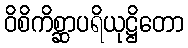
ဝိစိကိစ္ဆာပရိယုဋ္ဌိတော